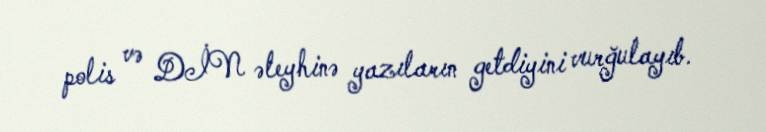
polis və DİN əleyhinə yazıların getdiyini vurğulayıb.